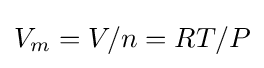
V_{m}=V/n=RT/P